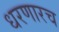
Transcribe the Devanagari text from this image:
धरणारच